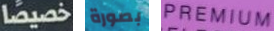
خصيصا بصورة PREMIUM